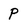
Character: p